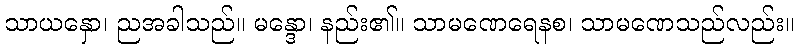
သာယနှော၊ ညအခါသည်။ မန္ဒော၊ နည်း၏။ သာမဏေရေနစ၊ သာမဏေသည်လည်း။